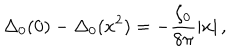
\Delta _ { 0 } ( 0 ) - \Delta _ { 0 } ( x ^ { 2 } ) = - \frac { \xi _ { 0 } } { 8 \pi } \left| x \right| ,